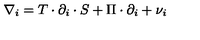
\nabla _ { i } = T \cdot \partial _ { i } \cdot S + \Pi \cdot \partial _ { i } + \nu _ { i }